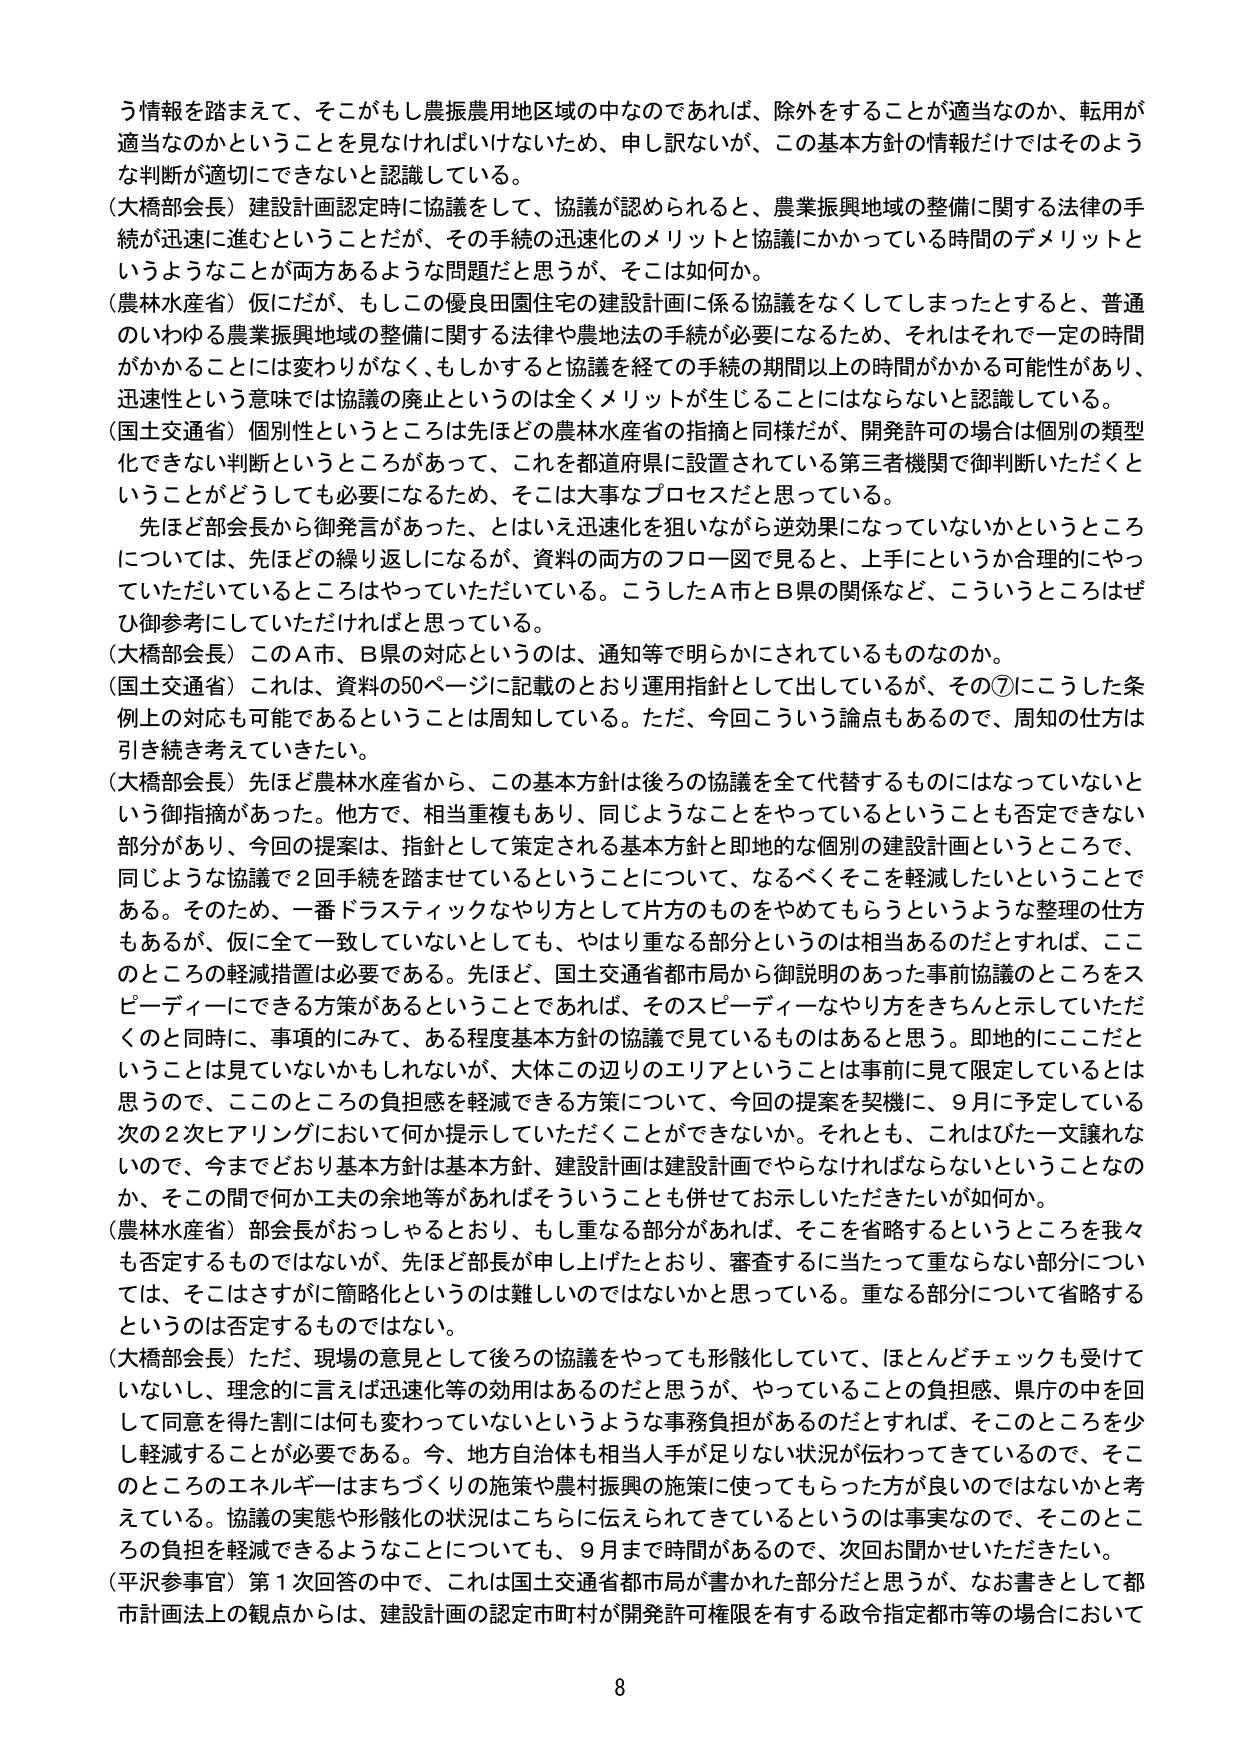
う情報を踏まえて、そこがもし農振農用地区域の中なのであれば、除外をすることが適当なのか、転用が適当なのかということを見なければならないため、申し訳ないが、この基本方針の情報だけではそのような判断が適切にできないと認識している。

（大橋部会長）建設計画認定時に協議をして、協議が認められると、農業振興地域の整備に関する法律の手続が迅速に進むということだが、その手続の迅速化のメリットと協議にかかっている時間のデメリットというようなことが両方あるような問題だと思うが、そこは如何か。

（農林水産省）仮にだが、もしこの優良田園住宅の建設計画に係る協議をなくしてしまったとすると、普通のいわゆる農業振興地域の整備に関する法律や農地法の手続が必要になるため、それはそれで一定の時間がかかることには変わりがなく、もしかすると協議を経ての手続の期間以上の時間がかかる可能性があり、迅速性という意味では協議の廃止というのは全くメリットが生じることにはならないと認識している。

（国土交通省）個別性というところは先ほどの農林水産省の指摘と同様だが、開発許可の場合は個別の類型化できない判断というところがあって、これを都道府県に設置されている第三者機関で御判断いただくということがどうしても必要になるため、そこは大事なプロセスだと思っている。

　先ほど部会長から御発言があった、とはいえ迅速化を狙いながら逆効果になっていないかというところについては、先ほどの繰り返しになるが、資料の両方のフロー図で見ると、上手にというか合理的にやっていただいているところはやっていただいている。こうしたA市とB県の関係など、こういうところはぜひ御参考にしていただければと思っている。

（大橋部会長）このA市、B県の対応というのは、通知等で明らかにされているものなのか。

（国土交通省）これは、資料の50ページに記載のとおり運用指針として出しているが、その⑦にこうした条例上の対応も可能であるということは周知している。ただ、今回こういう論点もあるので、周知の仕方は引き続き考えていくたい。

（大橋部会長）先ほど農林水産省から、この基本方針は後ろの協議を全て代替するものにはなっていないという御指摘があった。他方で、相当重複もあり、同じようなことをやっているということも否定できない部分があり、今回の提案は、指針として策定される基本方針と即地的な個別の建設計画というところで、同じような協議で2回手続を踏ませているということについて、なるべくそこを軽減したいということで ある。そのため、一番ドラスティックなやり方として片方のものをやめてもらうというような整理の仕方もあるが、仮に全て一致していないとしても、やはり重なる部分というのは相当あるのだとすれば、ここのところの軽減措置は必要である。先ほど、国土交通省都市局から御説明のあった事前協議のところをスピーディーにできる方策があるということであれば、そのスピーディーなやり方をきちんと示していただくのと同時に、事項的にみて、ある程度基本方針の協議で見ているものはあると思う。即地的にこだということは見ていないかもしれないが、大体この辺りのエリアということは事前に見て限定しているとは思うので、ここのところの負担感を軽減できる方策について、今回の提案を契機に、9月に予定している次の2次ヒアリングにおいて何か提示していただくことができないか。それとも、これはぴた一文譲れないので、今までどおり基本方針は基本方針、建設計画は建設計画でやらなければならないということなのか、その間で何か工夫の余地等があればそういうことも併せてお示しいただきたいが如何か。

（農林水産省）部会長がおっしゃるとおり、もし重なる部分があれば、そこを省略するというところを我々も否定するものではないが、先ほど部長が申し上げたとおり、審査するに当たって重ならない部分については、そこはさすがに簡略化というのは難しいのではないかと思っている。重なる部分について省略するというのは否定するものではない。

（大橋部会長）ただ、現場の意見として後ろの協議をやっても形骸化していて、ほとんどチェックも受けていないし、理念的に言えば迅速化等の効用はあるのだと思うが、やっていることの負担感、県庁の中を回して同意を得た割には何も変わっていないというような事務負担があるのだとすれば、そこのところを少し軽減することが必要である。今、地方自治体も相当人手が足りない状況が伝わってきているので、そこのところのエネルギーはまちづくりの施策や農村振興の施策に使ってもらった方が良いのではないかと考えている。協議の実態や形骸化の状況はこちらに伝えられてきているというのは事実なので、そこのところの負担を軽減できるようなことについても、9月まで時間があるので、次回お聞かせいただきたい。

（平沢参事官）第1次回答の中で、これは国土交通省都市局が書かれた部分だと思うが、なお書きとして都市計画法上の観点からは、建設計画の認定市町村が開発許可権限を有する政令指定都市等の場合において

8